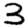
Digit: 3